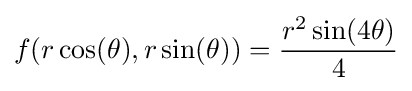
f(r\cos(\theta ),r\sin(\theta ))={\frac {r^{2}\sin(4\theta )}{4}}